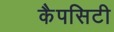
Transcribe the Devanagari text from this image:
कैपसिटी